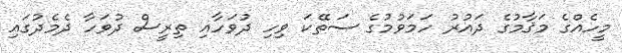
މީހެއްގެ މަޤާމުގެ ދައުރު ހަމަވުމުގެ ސަތޭކަ ވިހި ދުވަހާއި ތިރީސް ދުވަހާ ދެމެދުގައި